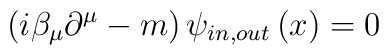
\left( i\beta _{\mu }\partial ^{\mu }-m\right) \psi _{in,out}\left( x\right)=0